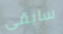
سابقى